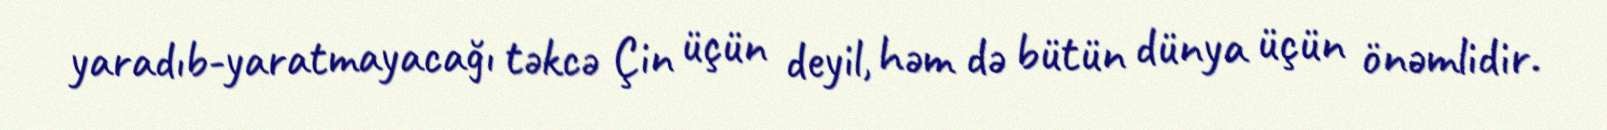
yaradıb-yaratmayacağı təkcə Çin üçün deyil, həm də bütün dünya üçün önəmlidir.